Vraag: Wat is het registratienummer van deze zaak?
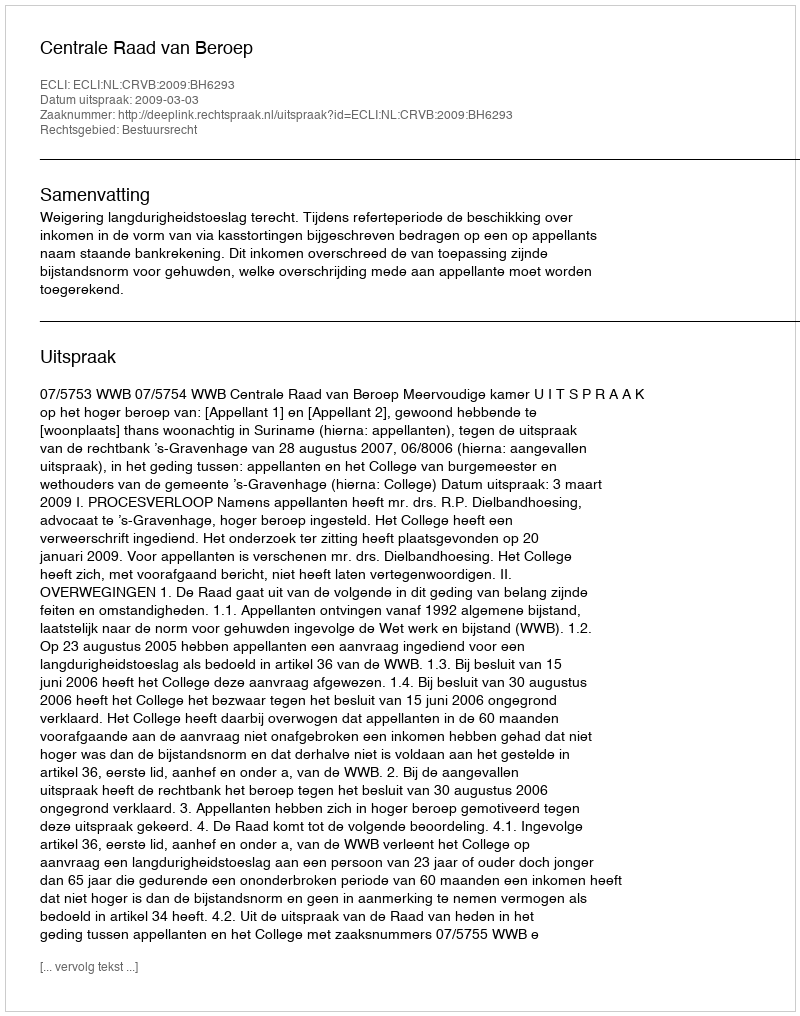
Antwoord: http://deeplink.rechtspraak.nl/uitspraak?id=ECLI:NL:CRVB:2009:BH6293